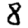
Digit: 8